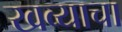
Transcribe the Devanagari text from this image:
खव्याचा